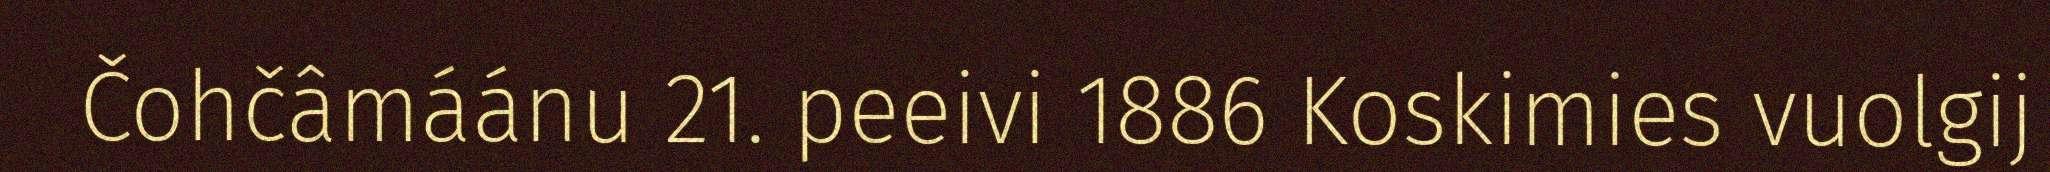
Čohčâmáánu 21. peeivi 1886 Koskimies vuolgij